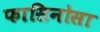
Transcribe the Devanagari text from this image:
फासिनोसा